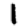
Digit: 1